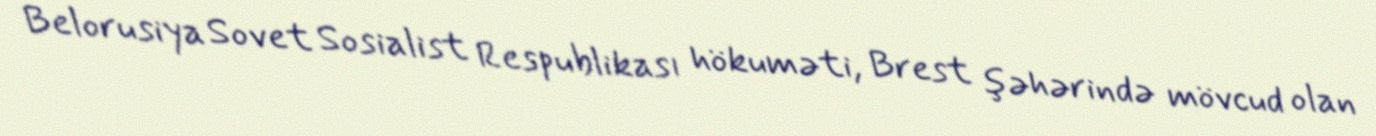
Belorusiya Sovet Sosialist Respublikası hökuməti, Brest şəhərində mövcud olan